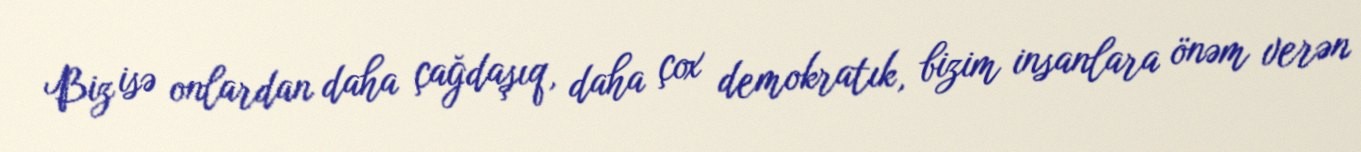
Biz isə onlardan daha çağdaşıq, daha çox demokratık, bizim insanlara önəm verən